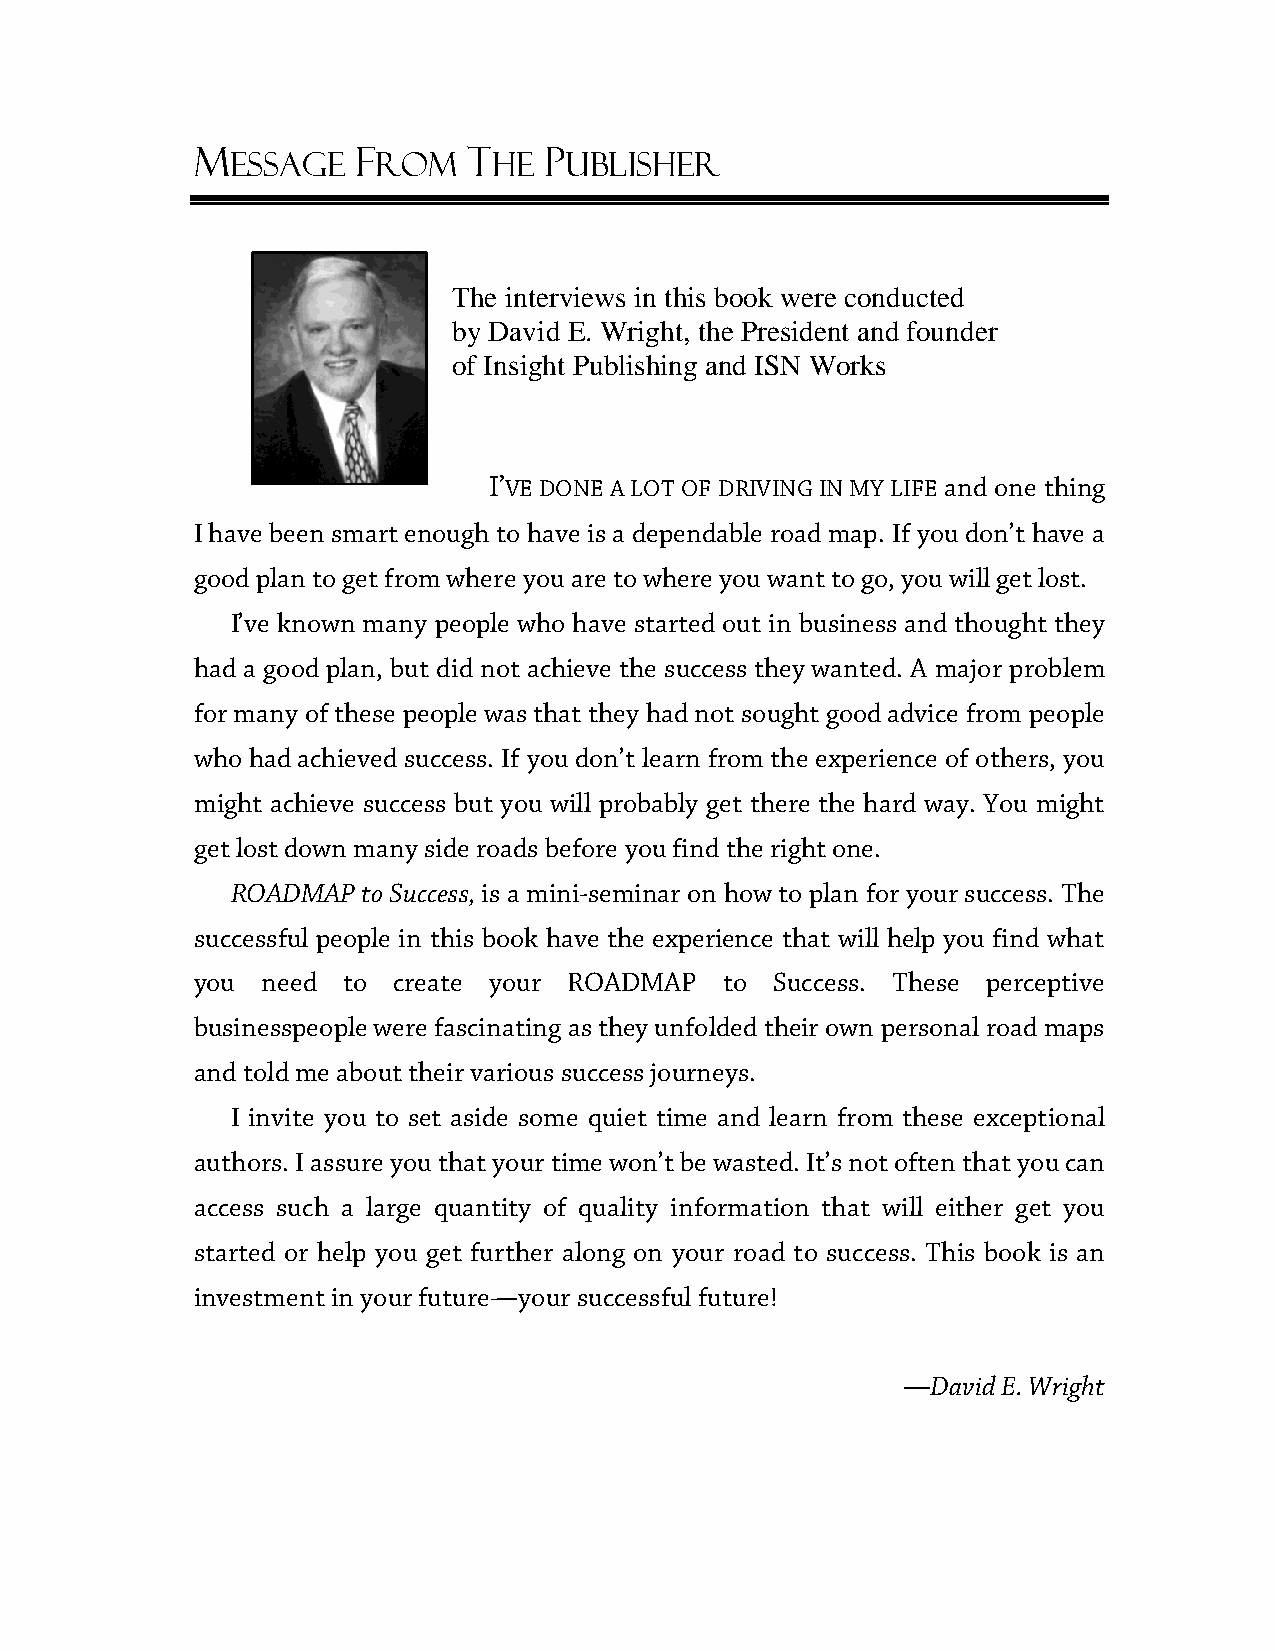
M         F       T    P
 ESSAGE    ROM     HE  UBLISHER
 The interviews in this book were conducted
 by David E. Wright, the President and founder
 of Insight Publishing and ISN Works
 I’VE DONE A LOT OF DRIVING IN MY LIFE and one thing
 I have been smart enough to have is a dependable road map. If you don’t have a
 good plan to get from where you are to where you want to go, you will get lost.
 I’ve known many people who have started out in business and thought they
 had a good plan, but did not achieve the success they wanted. A major problem
 for many of these people was that they had not sought good advice from people
 who had achieved success. If you don’t learn from the experience of others, you
 might achieve success but you will probably get there the hard way. You might
 get lost down many side roads before you find the right one.
 ROADMAP  to Success, is a mini-seminar on how to plan for your success. The
 successful people in this book have the experience that will help you find what
 you need  to create your ROADMAP   to Success. These perceptive
 businesspeople were fascinating as they unfolded their own personal road maps
 and told me about their various success journeys.
 I invite you to set aside some quiet time and learn from these exceptional
 authors. I assure you that your time won’t be wasted. It’s not often that you can
 access such a large quantity of quality information that will either get you
 started or help you get further along on your road to success. This book is an
 investment in your future—your successful future!
 —David E. Wright